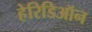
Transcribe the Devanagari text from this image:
हेरिडिऑन